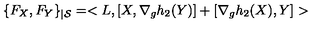
\{ F _ { X } , F _ { Y } \} _ { | { \cal S } } = < L , [ X , \nabla _ { g } h _ { 2 } ( Y ) ] + [ \nabla _ { g } h _ { 2 } ( X ) , Y ] >